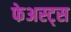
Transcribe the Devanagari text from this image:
फेअस्ट्स